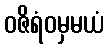
ဝဇိရံဝမှမယံ